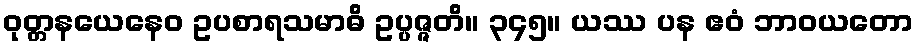
ဝုတ္တနယေနေဝ ဥပစာရသမာဓိ ဥပ္ပဇ္ဇတိ။ ၃၄၅။ ယဿ ပန ဧဝံ ဘာဝယတော